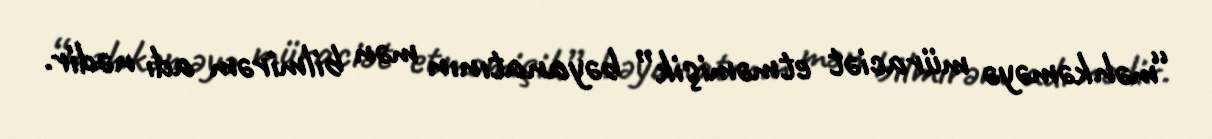
“məhkəməyə müraciət etməmişik” bəyanatının mən bilmirəm adı nədir.